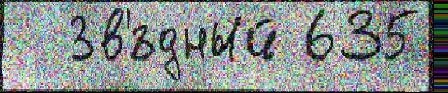
  Зв'́здный 635